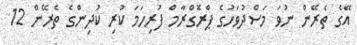
އޭގެ ތެރޭން ނުވަ މަސްދުވަހުގެ ޕްރޮގްރާމް ފުރިހަމަ ކުރި ކުދިންގެ ތެރޭން 12